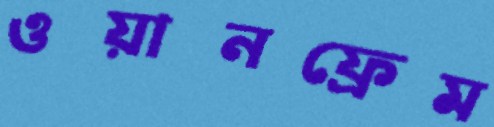
ওয়ানফ্রেম